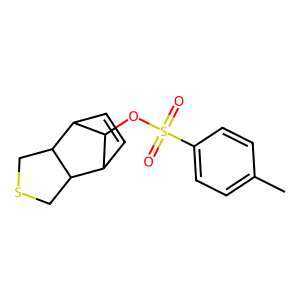
SMILES: Cc1ccc(S(=O)(=O)OC2C3C=CC2C2CSCC32)cc1
Inhibits HIV replication: No